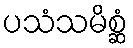
ပသံသမိစ္ဆံ